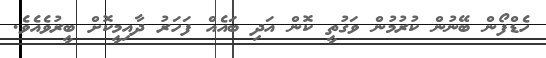
ހެޑްފޯން ބޭނުން ކުރުމުން ވަގުތީ ކޮން އަދި ބައެއް ފަހަރު ދާއިމީކޮށް ބީރުވެއެވެ.